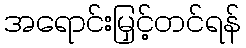
အရောင်းမြှင့်တင်ရန်